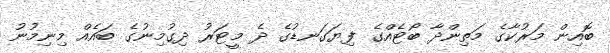
ބޮއިން މަރުކާގެ މަތިންދާ ބޯޓެއްގެ ފިޔަގަނޑުގެ ދެ މީޓަރު ދިގުމިނުގެ ބައެއް މިނިމުނު